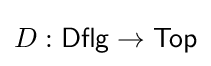
D:{\mathsf {Dflg}}\to {\mathsf {Top}}